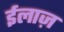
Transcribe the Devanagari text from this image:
ईलाज़